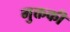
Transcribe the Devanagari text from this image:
मुक्तकी